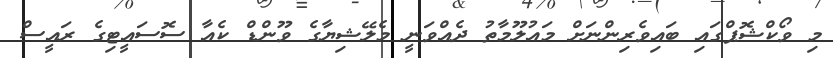
މި ވޯކްޝޮޕްގައި ބައިވެރިންނަށް މައުލޫމާތު ދެއްވަނީ މެލޭޝިޔާގެ ވޫންޑް ކެއާ ސޮސައީޓިގެ ރައީސް